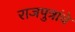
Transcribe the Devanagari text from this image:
राजपुत्रांचे